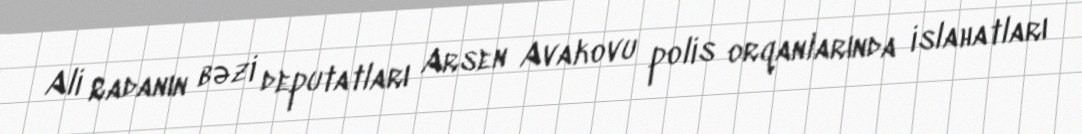
Ali Radanın bəzi deputatları Arsen Avakovu polis orqanlarında islahatları